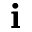
_ \mathbf { i }